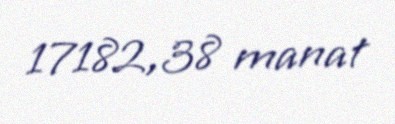
17182,38 manat